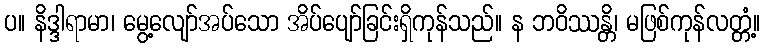
ပ။ နိဒ္ဒါရာမာ၊ မွေ့လျော်အပ်သော အိပ်ပျော်ခြင်းရှိကုန်သည်။ န ဘဝိဿန္တိ၊ မဖြစ်ကုန်လတ္တံ့။